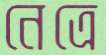
নেত্রে